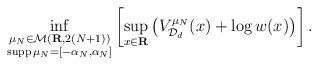
LaTeX: \begin{align*}\inf_{\begin{subarray}{c}\mu_{N} \in \mathcal{M}(\mathbf{R}, 2(N+1)) \\\mathop{\mathrm{supp}} \mu_{N} = [-\alpha_{N}, \alpha_{N}] \end{subarray}}\left[\sup_{x \in \mathbf{R}}\left(V_{\mathcal{D}_{d}}^{\mu_{N}}(x) + \log w(x)\right)\right]. \end{align*}